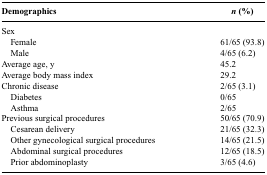
<table><thead><tr><td><b>Demographics</b></td><td><b><i>n</i> (%)</b></td></tr></thead><tbody><tr><td>Sex</td><td></td></tr><tr><td> Female</td><td>61/65 (93.8)</td></tr><tr><td> Male</td><td>4/65 (6.2)</td></tr><tr><td>Average age, y</td><td>45.2</td></tr><tr><td>Average body mass index</td><td>29.2</td></tr><tr><td>Chronic disease</td><td>2/65 (3.1)</td></tr><tr><td> Diabetes</td><td>0/65</td></tr><tr><td> Asthma</td><td>2/65</td></tr><tr><td>Previous surgical procedures</td><td>50/65 (70.9)</td></tr><tr><td> Cesarean delivery</td><td>21/65 (32.3)</td></tr><tr><td> Other gynecological surgical procedures</td><td>14/65 (21.5)</td></tr><tr><td> Abdominal surgical procedures</td><td>12/65 (18.5)</td></tr><tr><td> Prior abdominoplasty</td><td>3/65 (4.6)</td></tr></tbody></table>